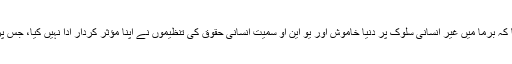
مقررین نے مزید کہا کہ برما میں غیر انسانی سلوک پر دنیا خاموش اور یو این او سمیت انسانی حقوق کی تنظیموں نے اپنا مؤثر کردار ادا نہیں کیا، جس پر سخت تشویش ہے ۔